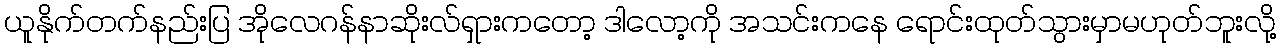
ယူနိုက်တက်နည်းပြ အိုလေဂန်နာဆိုးလ်ရှားကတော့ ဒါလော့ကို အသင်းကနေ ရောင်းထုတ်သွားမှာမဟုတ်ဘူးလို့